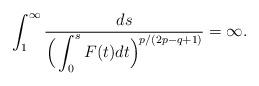
LaTeX: \begin{align*}\int_{1}^\infty\frac{ds}{\Big(\displaystyle \int_0^s F(t)dt \Big)^{p/(2p - q+1)}} = \infty.\end{align*}